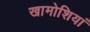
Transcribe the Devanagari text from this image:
खामोशियां